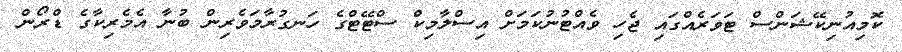
ކޮމިއުނިކޭޝަންސް ޓަވަރެއްގައި ޖެހި ވެއްޓުނުކަމަށް އިސްލާމިކް ސްޓޭޓްގެ ހަނގުރާމަވެރިން ބުނާ އެމެރިކާގެ ޑްރޯން